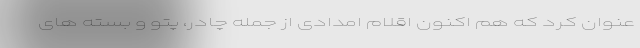
عنوان کرد که هم اکنون اقلام امدادی از جمله چادر، پتو و بسته‌ های